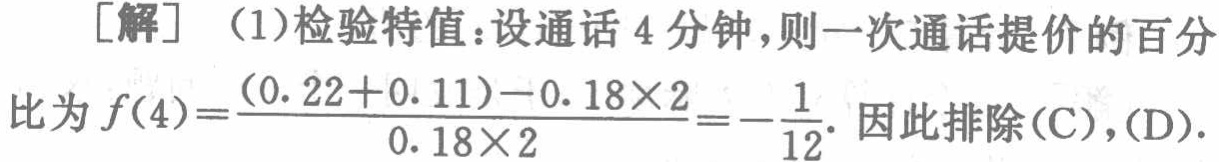
[解] （1）检验特值：设通话 4 分钟，则一次通话提价的百分比为 \(f(4)=\frac{(0.22 + 0.11)-0.18\times2}{0.18\times2}=-\frac{1}{12}\). 因此排除(C)，(D).